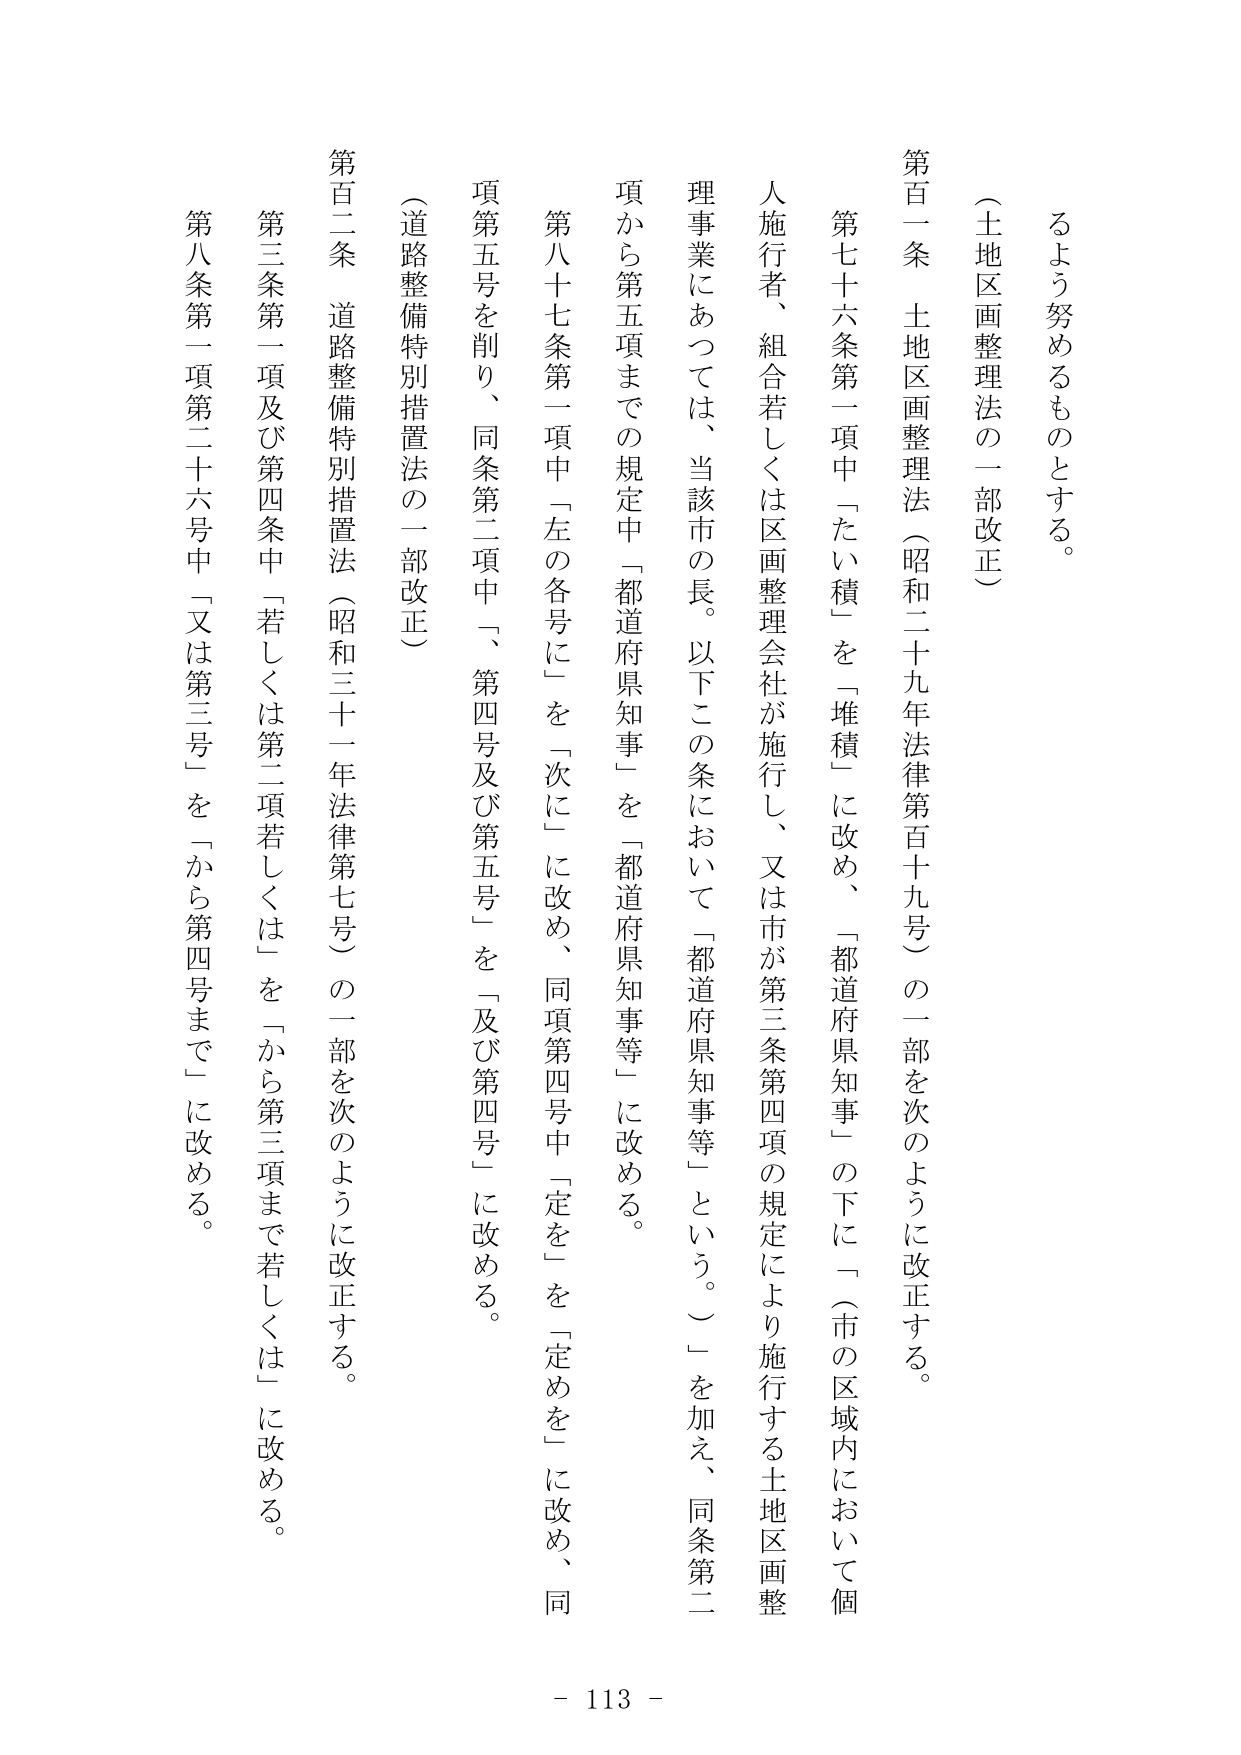
るよう努めるものとする。

（土地区画整理法の一部改正）

第百一条　土地区画整理法（昭和二十九年法律第百十九号）の一部を次のように改正する。

第七十六条第一項中「たい積」を「堆積」に改め、「都道府県知事」の下に「（市の区域内において個人施行者、組合若しくは区画整理会社が施行し、又は市が第三条第四項の規定により施行する土地区画整理事業にあつては、当該市の長。以下この条において「都道府県知事等」という。）」を加え、同条第二項から第五項までの規定中「都道府県知事」を「都道府県知事等」に改める。

第八十七条第一項中「左の各号に」を「次に」に改め、同項第四号中「定を」を「定めを」に改め、同項第五号を削り、同条第二項中「、第四号及び第五号」を「及び第四号」に改める。

（道路整備特別措置法の一部改正）

第百二条　道路整備特別措置法（昭和三十一年法律第七号）の一部を次のように改正する。

第三条第一項及び第四条中「若しくは第二項若しくは」を「から第三項まで若しくは」に改める。

第八条第一項第二十六号中「又は第三号」を「から第四号まで」に改める。

- 113 -